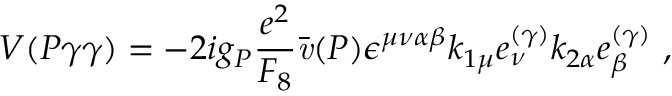
{ \cal V } ( P \gamma \gamma ) = - 2 i g _ { P } \frac { e ^ { 2 } } { F _ { 8 } } \bar { \it { v } } ( P ) \epsilon ^ { \mu \nu \alpha \beta } k _ { 1 \mu } e _ { \nu } ^ { ( \gamma ) } k _ { 2 \alpha } e _ { \beta } ^ { ( \gamma ) } ~ ,